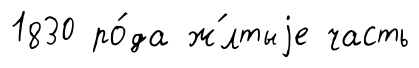
1830 ро́да ж́лтыjе часть